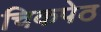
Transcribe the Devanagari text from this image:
चिकपेठ